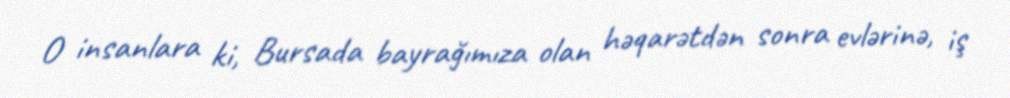
O insanlara ki, Bursada bayrağımıza olan həqarətdən sonra evlərinə, iş